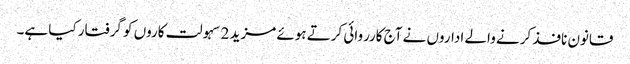
قانون نافذ کرنے والے اداروں نے آج کارروائی کرتے ہوئے مزید 2 سہولت کاروں کو گرفتار کیا ہے۔